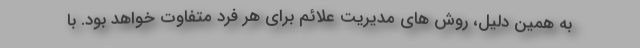
به همین دلیل، روش های مدیریت علائم برای هر فرد متفاوت خواهد بود. با